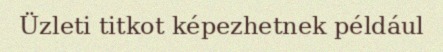
Üzleti titkot képezhetnek például